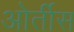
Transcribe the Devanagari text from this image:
ओर्तीस